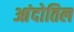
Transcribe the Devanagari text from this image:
आंदोतिल